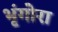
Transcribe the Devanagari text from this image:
भृंगोरा